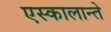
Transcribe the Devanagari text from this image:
एस्कालान्ते